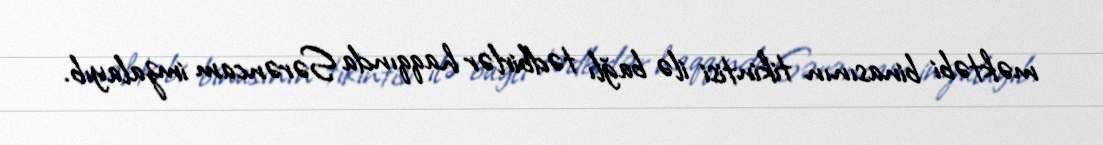
məktəbi binasının tikintisi ilə bağlı tədbirlər haqqında Sərəncam imzalayıb.